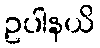
ဥပါနယိ